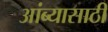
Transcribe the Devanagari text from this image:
आंब्यासाठी